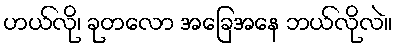
ဟယ်လို၊ ခုတလော အခြေအနေ ဘယ်လိုလဲ။